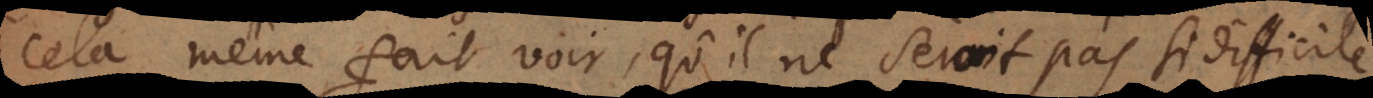
cela même fait voir, qu’il ne seroit pas si difficile